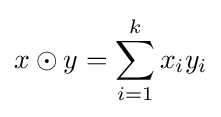
x\odot y=\sum \limits _{i=1}^{k}x_{i}y_{i}